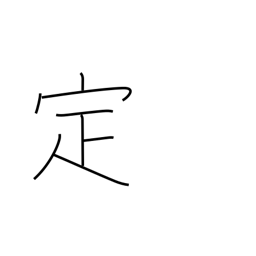
Meaning: determine